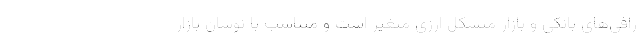
رافی‌های بانکی و بازار متشکل ارزی متغیر است و متناسب با نوسان بازار